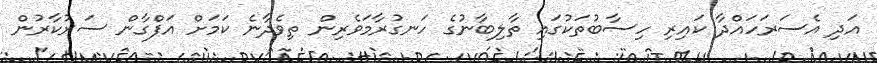
އަދި އެސަރަހައްދާ ކައިރި ހިސާބުތަކުގައި ތާލިބާނުގެ ހަނގުރާމަވެރިން ތިވެދާނެ ކަމަށް އަފްގާން ސަރުކާރުން